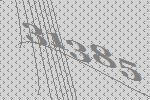
31385